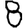
Digit: 8